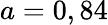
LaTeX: a=0,84